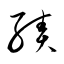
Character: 績